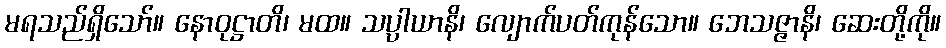
မရသည်ရှိသော်။ နောဝုဋ္ဌာတိ၊ မထ။ သပ္ပါယာနိ၊ လျောက်ပတ်ကုန်သော။ ဘေသဇ္ဇာနိ၊ ဆေးတို့ကို။